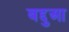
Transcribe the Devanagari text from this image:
बद्दुआ